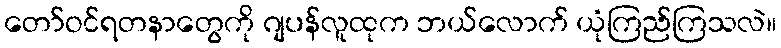
တော်ဝင်ရတနာတွေကို ဂျပန်လူထုက ဘယ်လောက် ယုံကြည်ကြသလဲ။